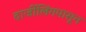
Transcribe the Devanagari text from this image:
दार्जीलिंगपासून